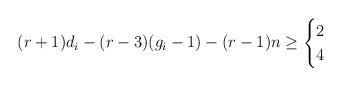
LaTeX: \begin{align*} (r + 1) d_i - (r - 3)(g_i - 1) - (r - 1)n \geq \begin{cases} 2 & \\4 & \end{cases}\end{align*}